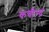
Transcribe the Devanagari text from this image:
कबीन्द्र